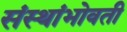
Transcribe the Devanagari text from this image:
संस्थांभोवती